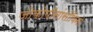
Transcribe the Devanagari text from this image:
जोकोपॉसांसोविनो